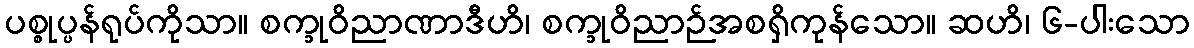
ပစ္စုပ္ပန်ရုပ်ကိုသာ။ စက္ခုဝိညာဏာဒီဟိ၊ စက္ခုဝိညာဉ်အစရှိကုန်သော။ ဆဟိ၊ ၆-ပါးသော